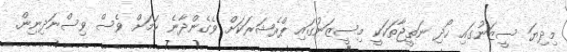
މިދިޔަ ސީޒަނުގައި ހޯދި ނަތީޖާތަކަކީ މިސީޒަނުގައި ޕްރެޝަރަކަށް ވެގެންދާނެ ކަމަށް ވެސް ވިސްނަދިނިން.